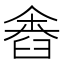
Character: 𦥴